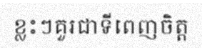
ខ្លះៗគួរជាទីពេញចិត្ត